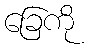
ခြေကို